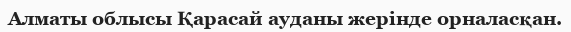
Алматы облысы Қарасай ауданы жерінде орналасқан.